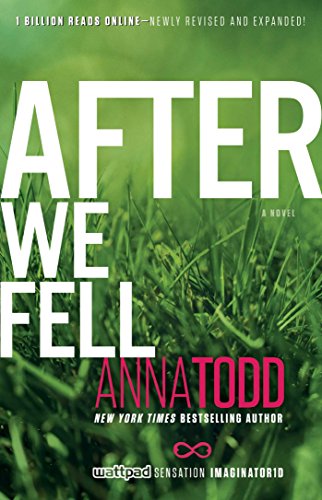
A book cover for After We Fell (The After Series); Anna Todd; Romance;